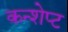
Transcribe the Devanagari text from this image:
कन्शेप्ट